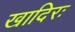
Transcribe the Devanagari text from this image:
खादिरः